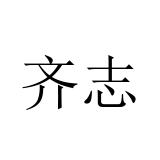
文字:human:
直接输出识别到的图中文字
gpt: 齐志